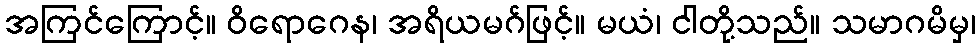
အကြင်ကြောင့်။ ဝိရောဂေန၊ အရိယမဂ်ဖြင့်။ မယံ၊ ငါတို့သည်။ သမာဂမိမှ၊